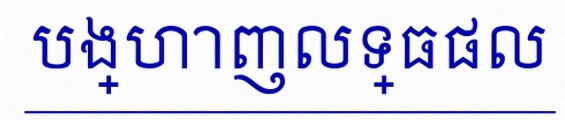
បង្ហាញលទ្ធផល